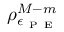
\rho _ { \epsilon _ { \mathrm { ~ P ~ E ~ } } } ^ { M - m }